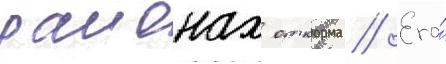
раионах откорма // Его́